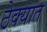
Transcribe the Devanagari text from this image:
ठेक्यात